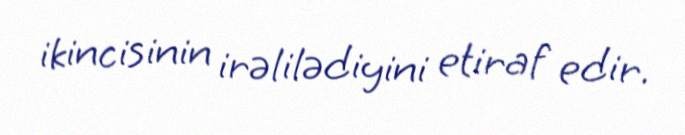
ikincisinin irəlilədiyini etiraf edir.